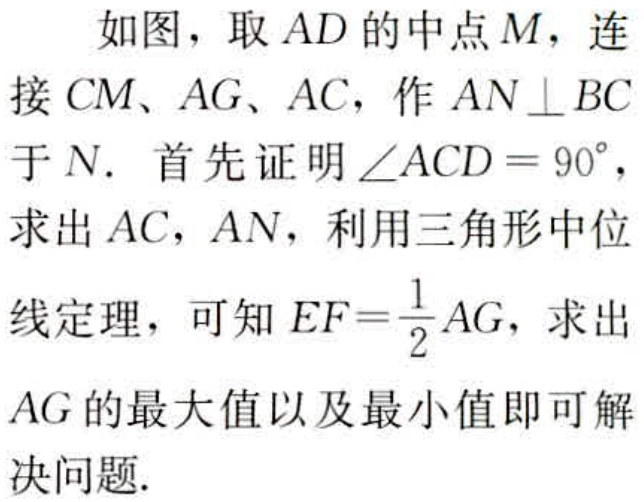
如图，取 \(AD\) 的中点 \(M\)，连接 \(CM\)、\(AG\)、\(AC\)，作 \(AN\perp BC\) 于 \(N\). 首先证明 \(\angle ACD = 90^{\circ}\)，求出 \(AC\)，\(AN\)，利用三角形中位线定理，可知 \(EF = \frac{1}{2}AG\)，求出 \(AG\) 的最大值以及最小值即可解决问题.